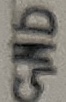
Text: GND